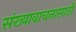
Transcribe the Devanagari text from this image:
संख्यावाचनासाठी